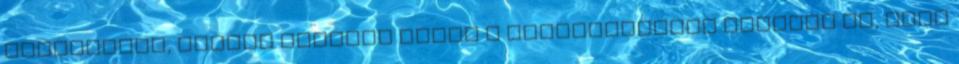
megkezdtük, melyek legfőbb célja a kikapcsolódás mellett az, hogy